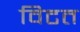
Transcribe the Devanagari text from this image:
विटत